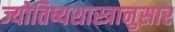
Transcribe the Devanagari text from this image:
ज्योतिष्यशास्त्रानुसार